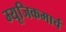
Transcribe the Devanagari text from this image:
म्यूजिकमार्च